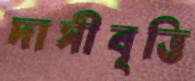
দাসীবৃত্তি